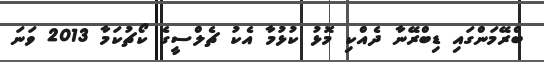
ބްރޭމަންގައި ޑިބްރޭނާ ދެއްކި މޮޅު ކުޅުމާ އެކު ޗެލްސީގެ ކޯޗުކަމާ 2013 ވަނަ